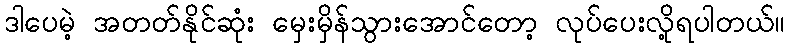
ဒါပေမဲ့ အတတ်နိုင်ဆုံး မှေးမှိန်သွားအောင်တော့ လုပ်ပေးလို့ရပါတယ်။